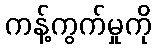
ကန့်ကွက်မှုကို